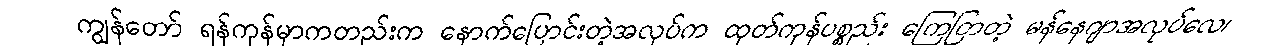
ကျွန်တော် ရန်ကုန်မှာကတည်းက နောက်ပြောင်းတဲ့အလုပ်က ထုတ်ကုန်ပစ္စည်း ကြေငြာတဲ့ မန်နေဂျာအလုပ်လေ၊